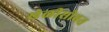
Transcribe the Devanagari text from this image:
खेळीसोबत